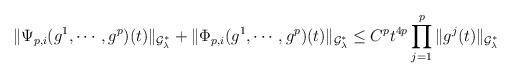
LaTeX: \begin{align*}\|\Psi_{p,i}(g^1,\cdots,g^p)(t)\|_{\mathcal{G}_\lambda^*}+\|\Phi_{p,i}(g^1,\cdots,g^p)(t)\|_{\mathcal{G}_\lambda^*}\leq C^pt^{4p}\prod_{j=1}^p\|g^j(t)\|_{\mathcal{G}_{\lambda}^*}\end{align*}